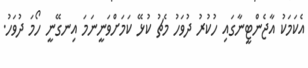
އެކަމަކު އާޖެންޓީނާގައި ހުކުރު ދުވަހު މެޗު ކުޅޭ ކަމަށްވަނީނަމަ އިނގޭނީ ހޯމަ ދުވަހު.